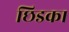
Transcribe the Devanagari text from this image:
छिडका